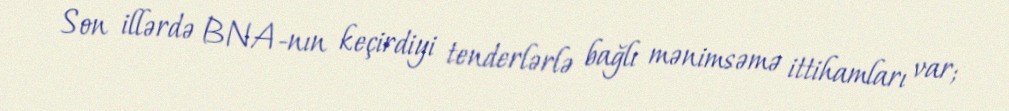
Son illərdə BNA-nın keçirdiyi tenderlərlə bağlı mənimsəmə ittihamları var;